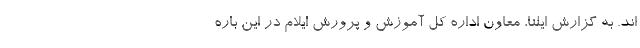
اند. به گزارش ایلنا، معاون اداره کل آموزش و پرورش ایلام در این باره